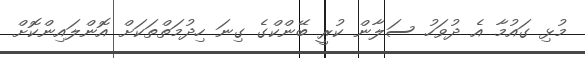
މުޅި ގައުމާ އެ ދުވަހު ސަލާން ކުރީ ބޭންކްގެ ގިނަ ހިދުމަތްތަކަށް އޮންލައިންކޮށް